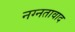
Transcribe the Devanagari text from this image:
नग्नतावाद